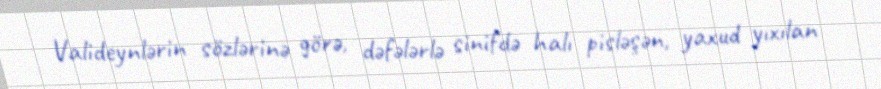
Valideynlərin sözlərinə görə, dəfələrlə sinifdə halı pisləşən, yaxud yıxılan